Report of the Indian Hemp Drugs Commission, 1894-1895 - Volume III
Year: 1894
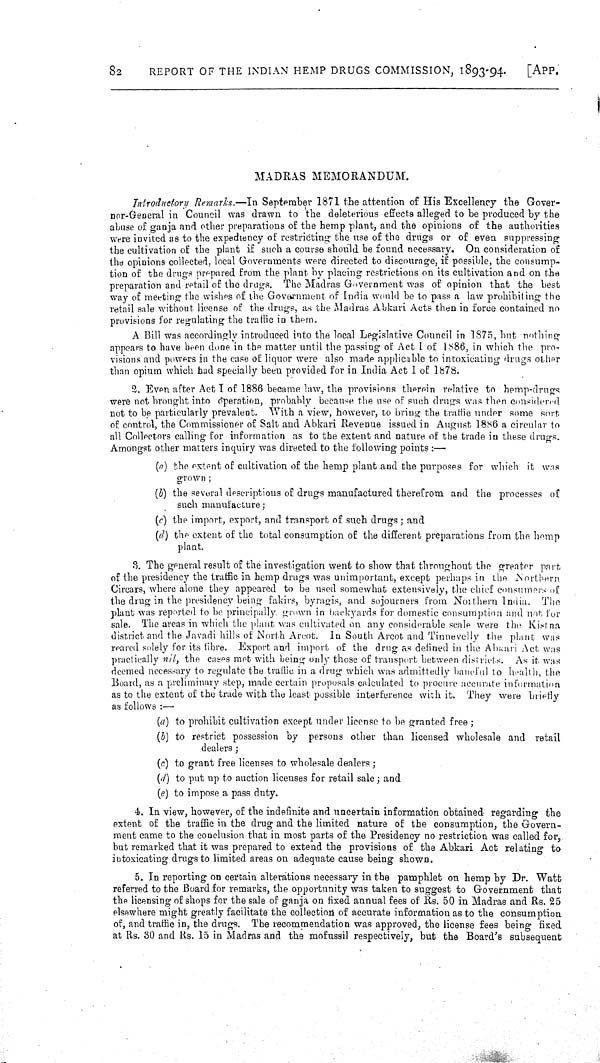
82
REPORT OF THE INDIAN HEMP DRUGS COMMISSION, 1893-94.
[APP.
MADRAS MEMORANDUM.
Introductory Remarks.—In September 1871 the attention of His Excellency the Gover-
nor-General in Council was drawn to the deleterious effects alleged to be produced by the
abuse of ganja and other preparations of the hemp plant, and the opinions of the authorities
were invited as to the expediency of restricting the use of the drugs or of even suppressing
the cultivation of the plant if such a course should be found necessary. On consideration of
the opinions collected, local Governments were directed to discourage, if possible, the consump-
tion of the drugs prepared from the plant by placing restrictions on its cultivation and on the
preparation and retail of the drugs. The Madras Government was of opinion that the best
way of meeting the wishes of the Government of India would be to pass a law prohibiting the
retail sale without license of the drugs, as the Madras Abkari Acts then in force contained no
provisions for regulating the traffic in them.
A Bill was accordingly introduced into the local Legislative Council in 1875, but nothing
appears to have been done in the matter until the passing of Act 1 of 1886, in which the pro-
visions and powers in the case of liquor were also made applicable to intoxicating drugs other
than opium which had specially been provided for in India Act I of 1878.
2. Even after Act I of 1886 became law, the provisions therein relative to hemp-drugs
were not brought into operation, probably because the use of such drugs was then considered
not to be particularly prevalent. With a view, however, to bring the traffic under some sort
of control, the Commissioner of Salt and Abkari Revenue issued in August 1886 a circular to
all Collectors calling for information as to the extent and nature of the trade in these drugs.
Amongst other matters inquiry was directed to the following points:—
(a) the extent of cultivation of the hemp plant and the purposes for which it was
grown;
(b) the several descriptions of drugs manufactured therefrom and the processes of
such manufacture;
(c) the import, export, and transport of such drugs; and
(d) the extent of the total consumption of the different preparations from the hemp
plant.
3. The general result of the investigation went to show that throughout the greater part
of the presidency the traffic in hemp drugs was unimportant, except perhaps in the Northern
Circars, where alone they appeared to be used somewhat extensively, the chief consumers of
the drug in the presidency being fakirs, byragis, and sojourners from Northern India. The
plant was reported to be principally grown in backyards for domestic consumption and not for
sale. The areas in which the plant was cultivated on any considerable scale were the Kistna
district and the Javadi hills of North Arcot. In South Arcot and Tinnevelly the plant was
reared solely for its fibre. Export and import of the drug as defined in the Abkari Act was
practically nil, the cases met with being only those of transport between districts. As it was
deemed necessary to regulate the traffic in a drug which was admittedly baneful to health, the
Board, as a preliminary step, made certain proposals calculated to procure accurate information
as to the extent of the trade with the least possible interference with it. They were briefly
as follows:—
(a) to prohibit cultivation except under license to be granted free;
(b) to restrict possession by persons other than licensed wholesale and retail
dealers;
(c) to grant free licenses to wholesale dealers;
(d) to put up to auction licenses for retail sale; and
(e) to impose a pass duty.
4. In view, however, of the indefinite and uncertain information obtained regarding the
extent of the traffic in the drug and the limited nature of the consumption, the Govern-
ment came to the conclusion that in most parts of the Presidency no restriction was called for,
but remarked that it was prepared to extend the provisions of the Abkari Act relating to
intoxicating drugs to limited areas on adequate cause being shown.
5. In reporting on certain alterations necessary in the pamphlet on hemp by Dr. Watt
referred to the Board for remarks, the opportunity was taken to suggest to Government that
the licensing of shops for the sale of ganja on fixed annual fees of Rs. 50 in Madras and Rs. 25
elsewhere might greatly facilitate the collection of accurate information as to the consumption
of, and traffic in, the drugs. The recommendation was approved, the license fees being fixed
at Rs. 30 and Rs. 15 in Madras and the mofussil respectively, but the Board's subsequent